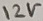
Text: 12V